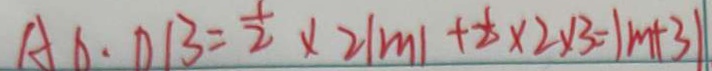
A D \cdot D B = \frac { 1 } { 2 } \times 2 \vert m \vert + \frac { 1 } { 2 } \times 2 \times 3 = \vert m + 3 \vert